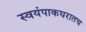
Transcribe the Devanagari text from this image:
स्वयंपाकघरातच